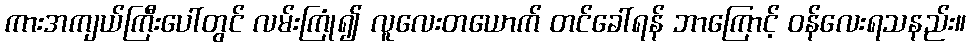
ကားအကျယ်ကြီးပေါ်တွင် လမ်းကြုံ၍ လူလေးတယောက် တင်ခေါ်ရန် ဘာကြောင့် ဝန်လေးရသနည်း။